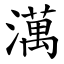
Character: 澫